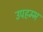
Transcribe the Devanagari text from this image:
उपहम्भ